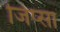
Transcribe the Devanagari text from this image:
जिप्सा